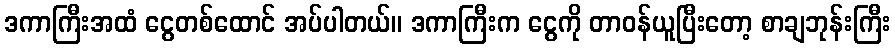
ဒကာကြီးအထံ ငွေတစ်ထောင် အပ်ပါတယ်။ ဒကာကြီးက ငွေကို တာဝန်ယူပြီးတော့ စာချဘုန်းကြီး